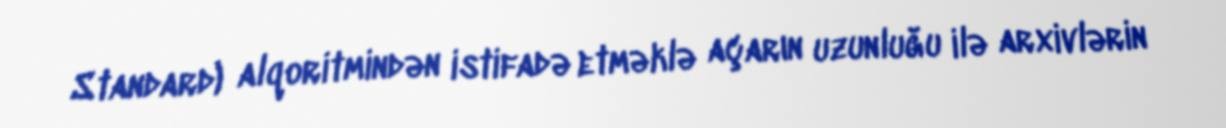
Standard) alqoritmindən istifadə etməklə açarın uzunluğu ilə arxivlərin